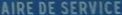
AIRE DE SERVICE